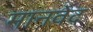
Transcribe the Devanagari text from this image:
मानवेद